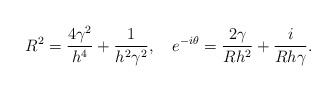
\begin{align*}R^2={4\gamma^2\over h^4}+{1\over h^2\gamma^2},\quad e^{-i\theta}={2\gamma\over Rh^2}+{i\over R h\gamma}.\end{align*}